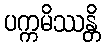
ပက္ကမိဿန္တိ